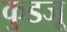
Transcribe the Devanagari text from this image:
कुडजू